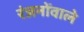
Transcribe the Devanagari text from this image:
रंजनोंवाले